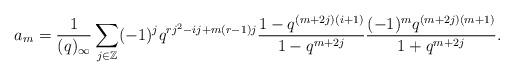
LaTeX: \begin{align*}a_m=\frac{1}{(q)_\infty}\sum_{j\in\mathbb{Z}}(-1)^jq^{rj^2-ij+m(r-1)j}\frac{1-q^{(m+2j)(i+1)}}{1-q^{m+2j}}\frac{(-1)^mq^{(m+2j)(m+1)}}{1+q^{m+2j}}.\end{align*}